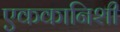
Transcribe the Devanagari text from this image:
एककानिशी